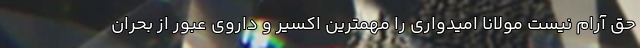
حق آرام نیست مولانا امیدواری را مهمترین اکسیر و داروی عبور از بحران